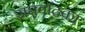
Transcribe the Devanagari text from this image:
संघवादका